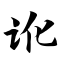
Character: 讹